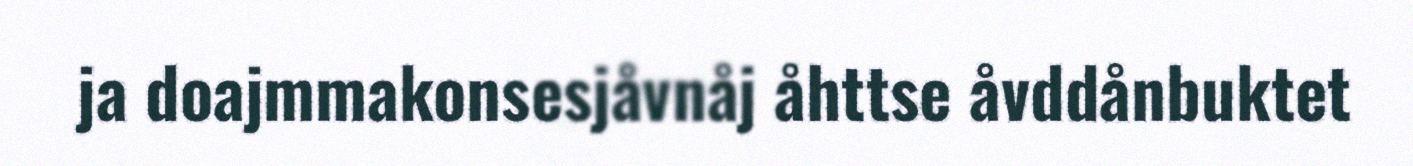
ja doajmmakonsesjåvnåj åhttse åvddånbuktet